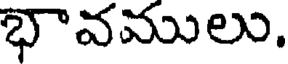
భావములు.